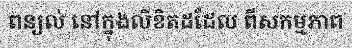
ពន្យល់ នៅក្នុងលិខិតដដែល ពីសកម្មភាព